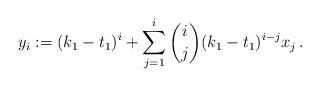
LaTeX: \begin{align*} y_i:=(k_1-t_1)^i+\sum_{j=1}^i \binom{i}{j}(k_1-t_1)^{i-j} x_j\,.\end{align*}